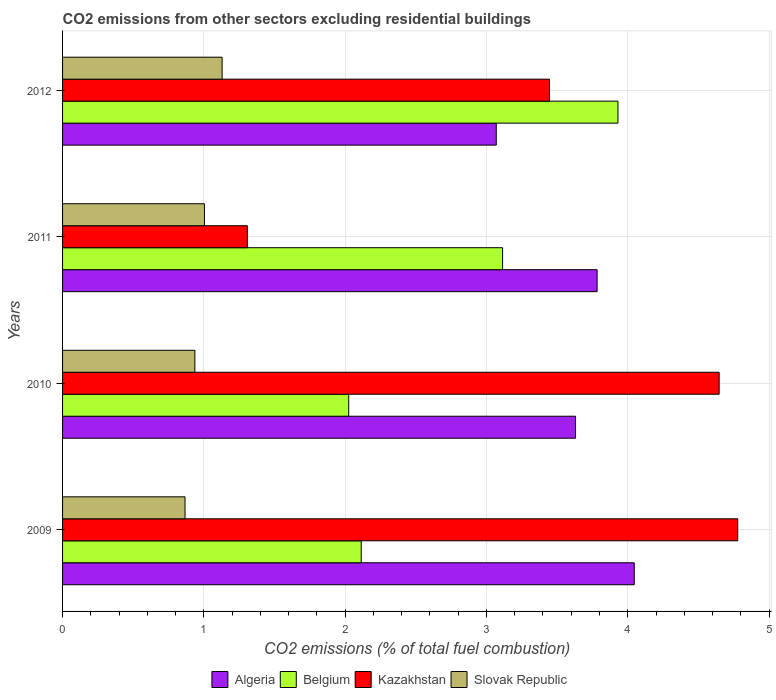
| Years | Algeria | Belgium | Kazakhstan | Slovak Republic |
 | --- | --- | --- | --- | --- |
 | 2009 | 4.05 | 2.11 | 4.78 | 0.867 |
 | 2010 | 3.63 | 2.03 | 4.65 | 0.936 |
 | 2011 | 3.78 | 3.11 | 1.31 | 1 |
 | 2012 | 3.07 | 3.93 | 3.45 | 1.13 |